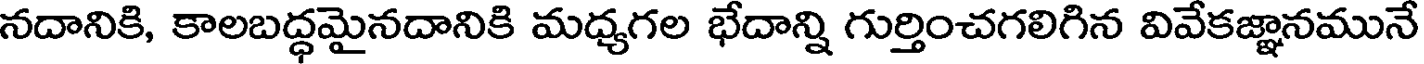
నదానికి, కాలబద్ధమైనదానికి మధ్యగల భేదాన్ని గుర్తించగలిగిన వివేకజ్ఞానమునే